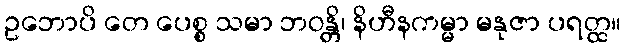
ဥဘောပိ တေ ပေစ္စ သမာ ဘဝန္တိ၊ နိဟီနကမ္မာ မနုဇာ ပရတ္ထ။